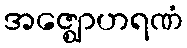
အဇ္ဈောဟရဏံ